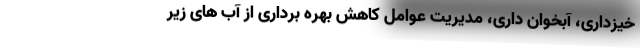
خیزداری، آبخوان داری، مدیریت عوامل کاهش بهره برداری از آب های زیر